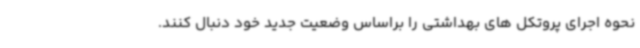
نحوه اجرای پروتکل های بهداشتی را براساس وضعیت جدید خود دنبال کنند.